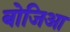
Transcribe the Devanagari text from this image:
बोजिआ